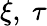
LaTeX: \xi,\ \tau